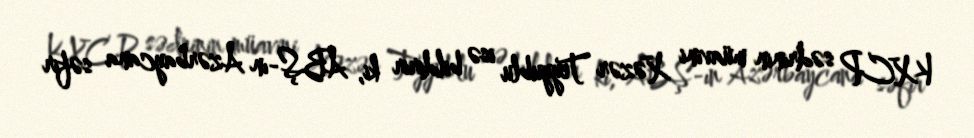
KXCP sədrinin müavini Xəzər Teyyublu isə bildirir ki, ABŞ-ın Azərbaycana səfir